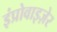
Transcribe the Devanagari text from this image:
इंप्रोवाइज़ेर